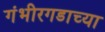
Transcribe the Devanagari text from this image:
गंभीरगडाच्या